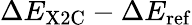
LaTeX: \Delta E_{\mathrm{X2C}}-\Delta E_{\mathrm{ref}}